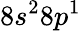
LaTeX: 8s^{2}8p^{1}